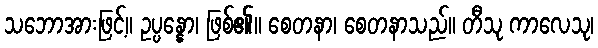
သဘောအားဖြင့်။ ဥပ္ပန္နော၊ ဖြစ်၏။ စေတနာ၊ စေတနာသည်။ တီသု ကာလေသု၊